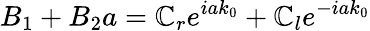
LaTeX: B_{1}+B_{2}a=\mathbb{C}_{r}e^{iak_{0}}+\mathbb{C}_{l}e^{-iak_{0}}